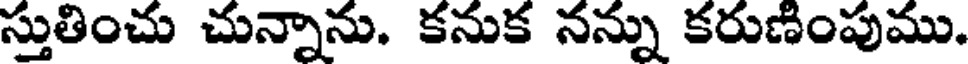
స్తుతించు చున్నాను. కనుక నన్ను కరుణింపుము.